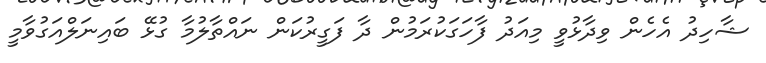
ޝާހިދު އެހެން ވިދާޅުވީ މިއަދު ފާހަގަކުރަމުން ދާ ފަގީރުކަން ނައްތާލުމާ ގުޅޭ ބައިނަލްއަގުވާމީ